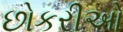
છોકરીઓ